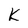
Character: k